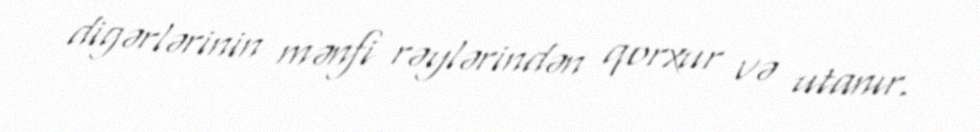
digərlərinin mənfi rəylərindən qorxur və utanır.